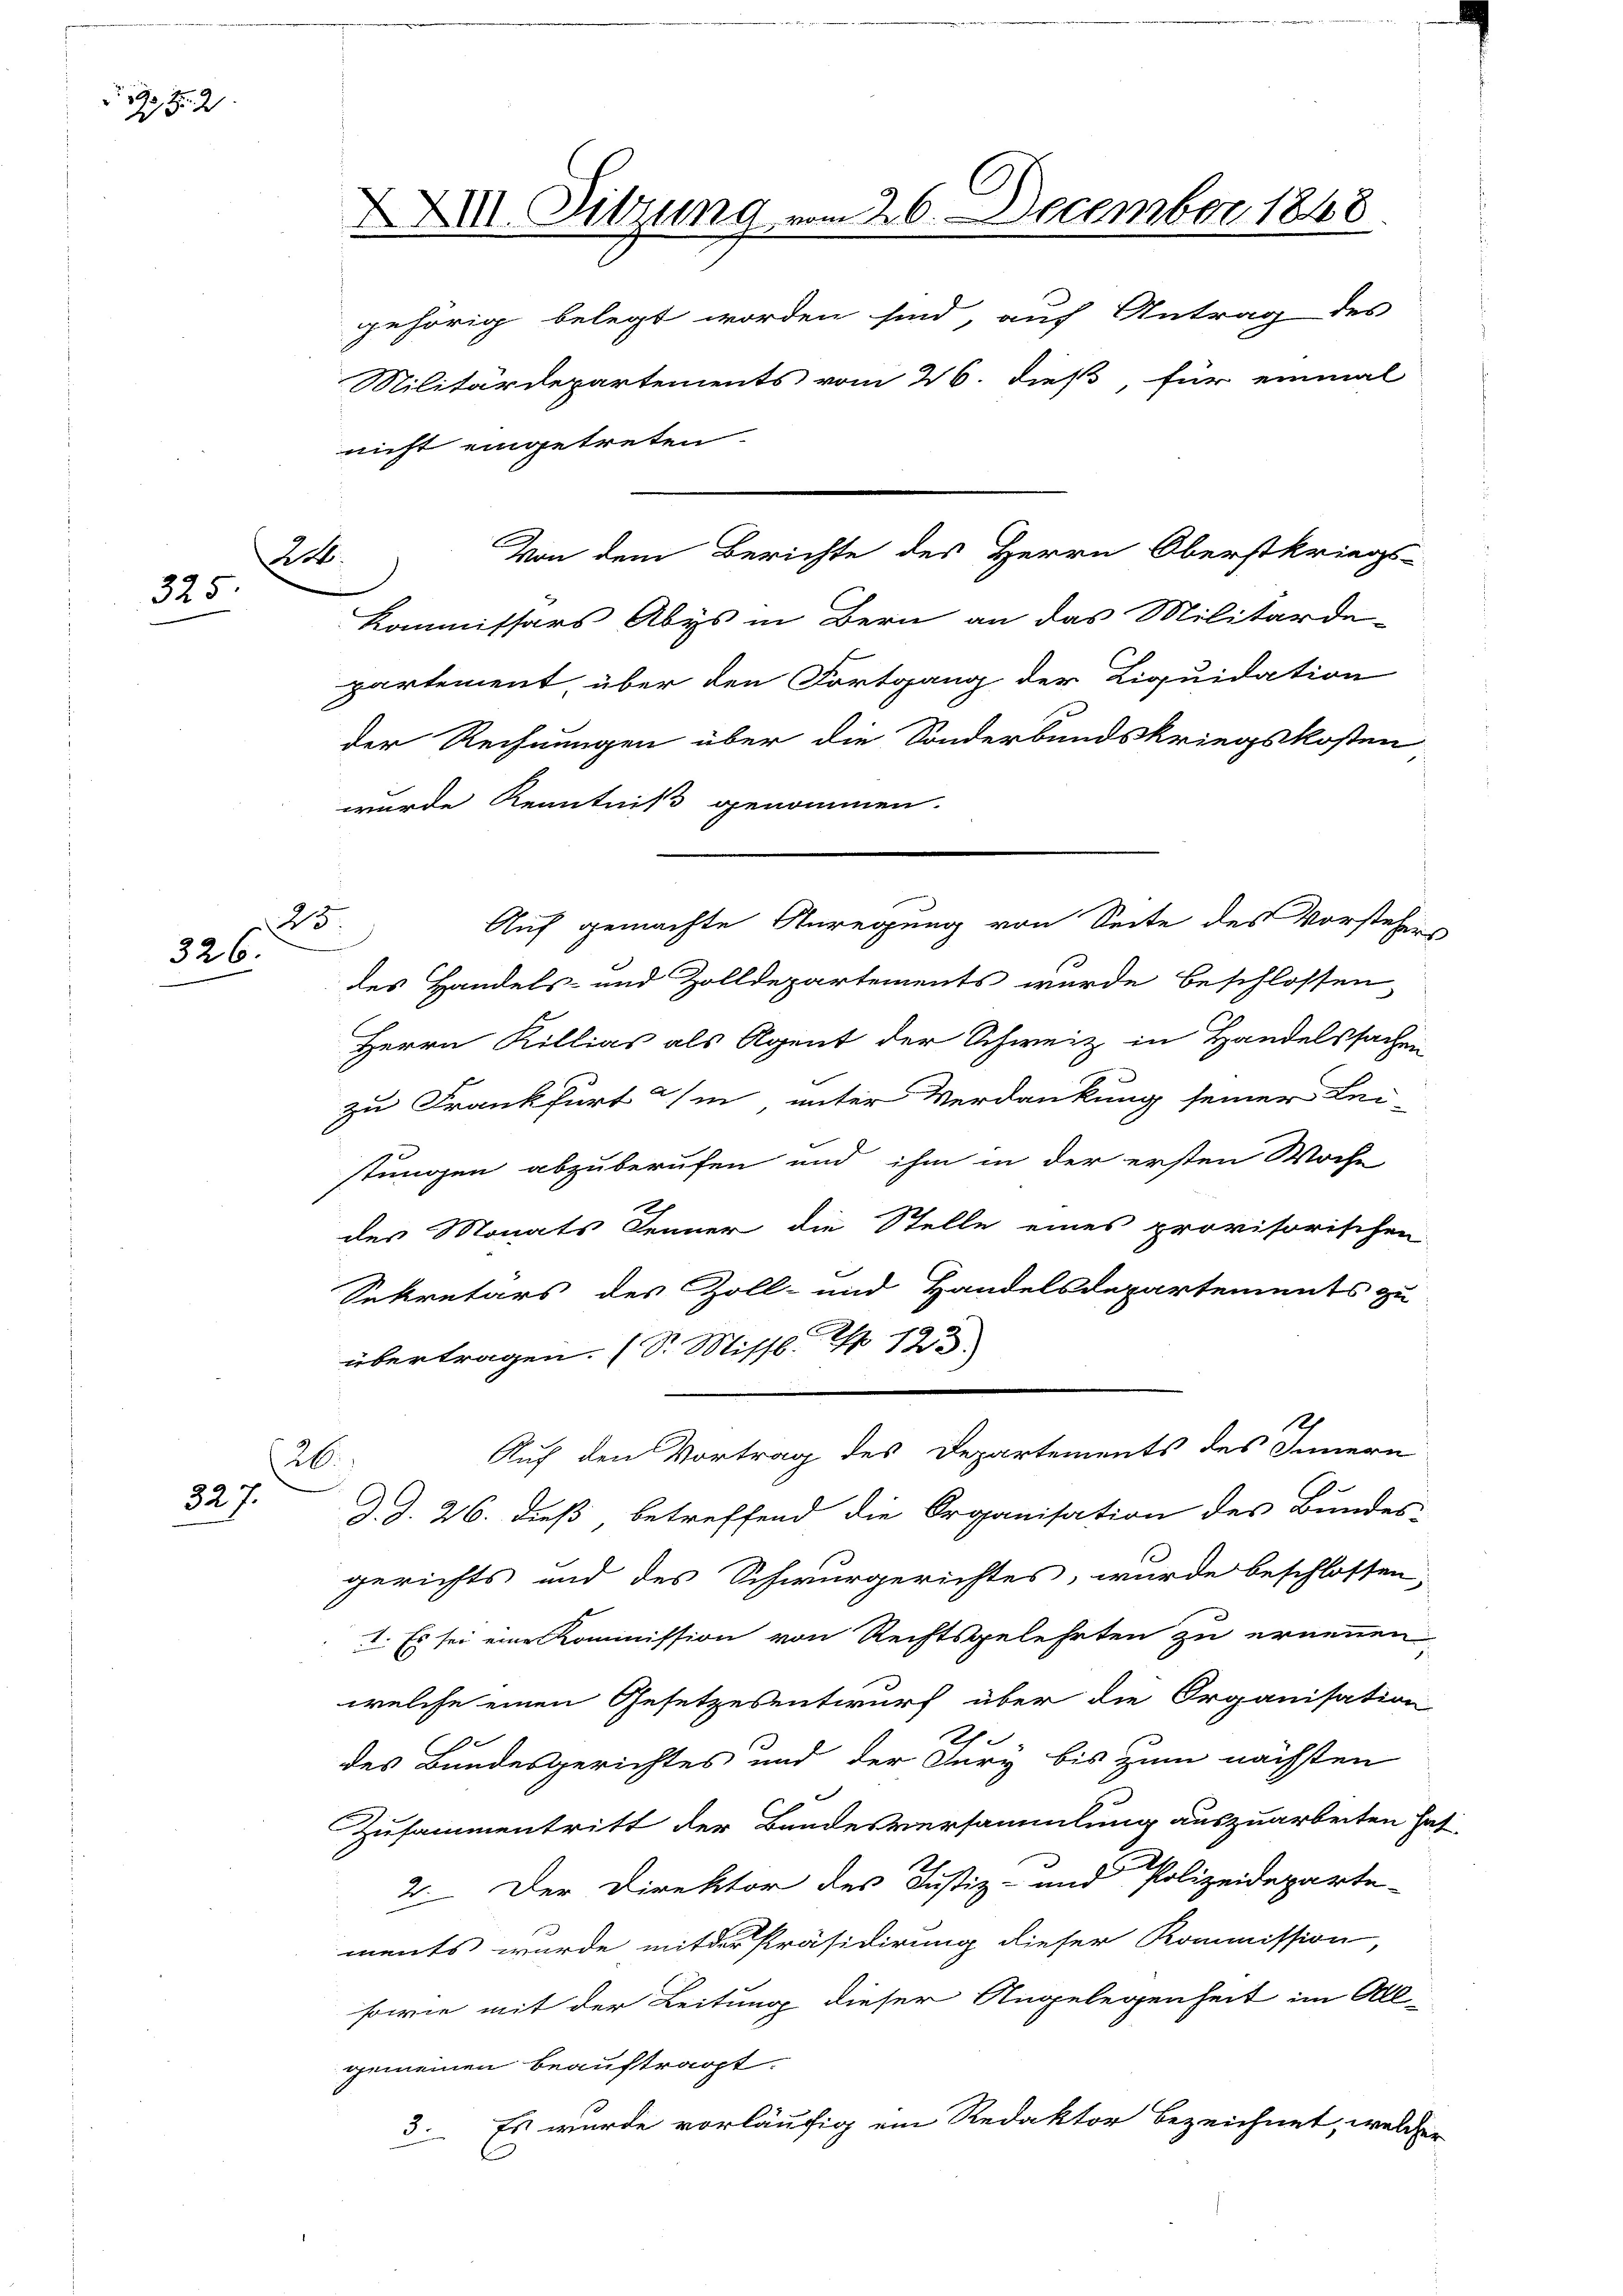
5
2

325

25.
326.

327.

XXVII. Sitzung vom 26. December 1848
gehörig belegt worden sind, auf Antrag des
Militärdepartements vom 26. dieß, für einmal
nicht eingetreten.

Von dem Berichte des Herrn Oberstkriegs-
Art.
Kommissärs Abys in Bern an das Militärde-

partement, über den Fortgang der Liquidation
der Rechnungen über die Sonderbundskriegskosten
wurde Kenntniß genommen.
Auf gemachte Anregung von Seite des Vorstehers
des Handels- und Zolldepartements wurde beschlossen
Herrn Killias als Agent der Schweiz in Handelssachen
zu Frankfurt in unter Verdankung seiner Lei-
stungen abzuberufen und ihm in der ersten Woche
des Monats Jenner die Stelle eines provisorischen
Sekretärs des Zoll- und Handelsdepartements zu
übertragen. (S. Missl p 123.
1
Auf den Vortrag des Departements des Innern
26.
.
d. J. 26. dieß, betreffend die Organisation des Bundes-
gerichts und des Schwurgerichtes, wurde beschlossen:
I. Es sei eine Kommission von Rechtsgelehrten zu ernennen
welche einen Gesetzesentwurf über die Organisation
des Bundesgerichtes und der Jury bis zum nächsten
Zusammentritt der Bandesversammlung auszuarbeiten hat.
2. Der Direktor des Justiz- und Polizeideparte-
ments wurde mit der Präsidirung dieser Kommission,
sowie mit der Leitung dieser Angelegenheit im All-
gemeinen beauftragt.
3. Es wurde vorläufig ein Redaktor bezeichnet, welcher